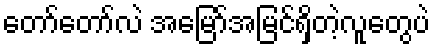
တော်တော်လဲ အမြော်အမြင်ရှိတဲ့လူတွေပဲ